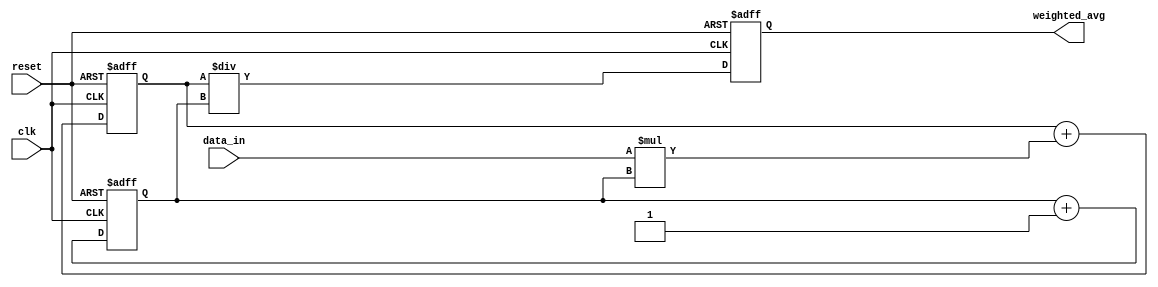
module weighted_moving_average_accumulator (
    input wire clk,
    input wire reset,
    input wire [7:0] data_in,
    output reg [15:0] weighted_avg
);

reg [15:0] sum;
reg [3:0] total_weight;
reg [15:0] previous_avg;

always @(posedge clk or posedge reset) begin
    if (reset) begin
        sum <= 16'b0;
        total_weight <= 4'b0;
        previous_avg <= 16'b0;
        weighted_avg <= 16'b0;
    end else begin
        total_weight <= total_weight + 1;
        sum <= sum + (data_in * total_weight);
        previous_avg <= weighted_avg;
        weighted_avg <= sum / total_weight;
    end
end

endmodule